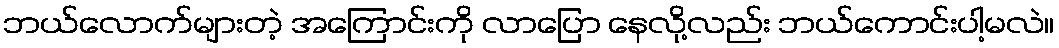
ဘယ်လောက်များတဲ့ အကြောင်းကို လာပြော နေလို့လည်း ဘယ်ကောင်းပါ့မလဲ။